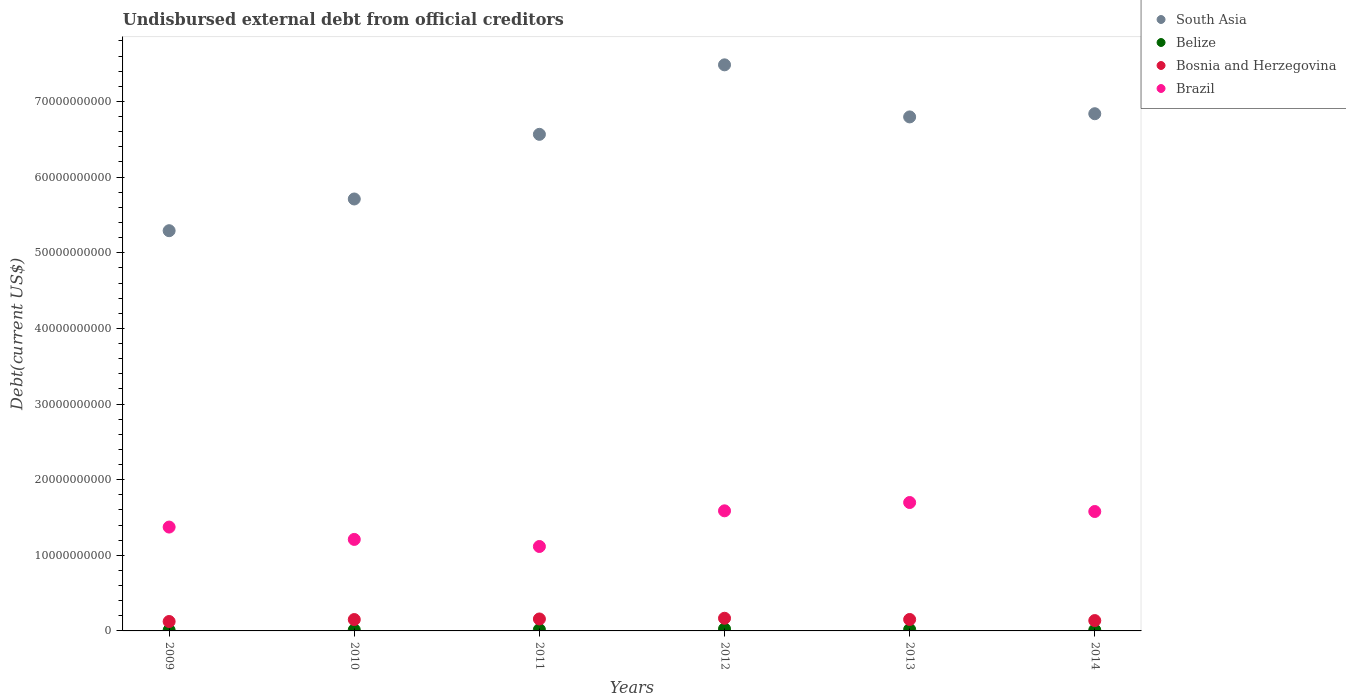
| Years | South Asia | Belize | Bosnia and Herzegovina | Brazil |
 | --- | --- | --- | --- | --- |
 | 2009 | 5.29e+10 | 9.97e+07 | 1.25e+09 | 1.37e+10 |
 | 2010 | 5.71e+10 | 1.43e+08 | 1.5e+09 | 1.21e+10 |
 | 2011 | 6.57e+10 | 1.74e+08 | 1.58e+09 | 1.12e+10 |
 | 2012 | 7.48e+10 | 2.68e+08 | 1.68e+09 | 1.59e+10 |
 | 2013 | 6.8e+10 | 1.92e+08 | 1.51e+09 | 1.7e+10 |
 | 2014 | 6.84e+10 | 1.2e+08 | 1.37e+09 | 1.58e+10 |